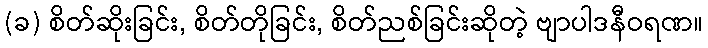
(ခ) စိတ်ဆိုးခြင်း, စိတ်တိုခြင်း, စိတ်ညစ်ခြင်းဆိုတဲ့ ဗျာပါဒနီဝရဏ။